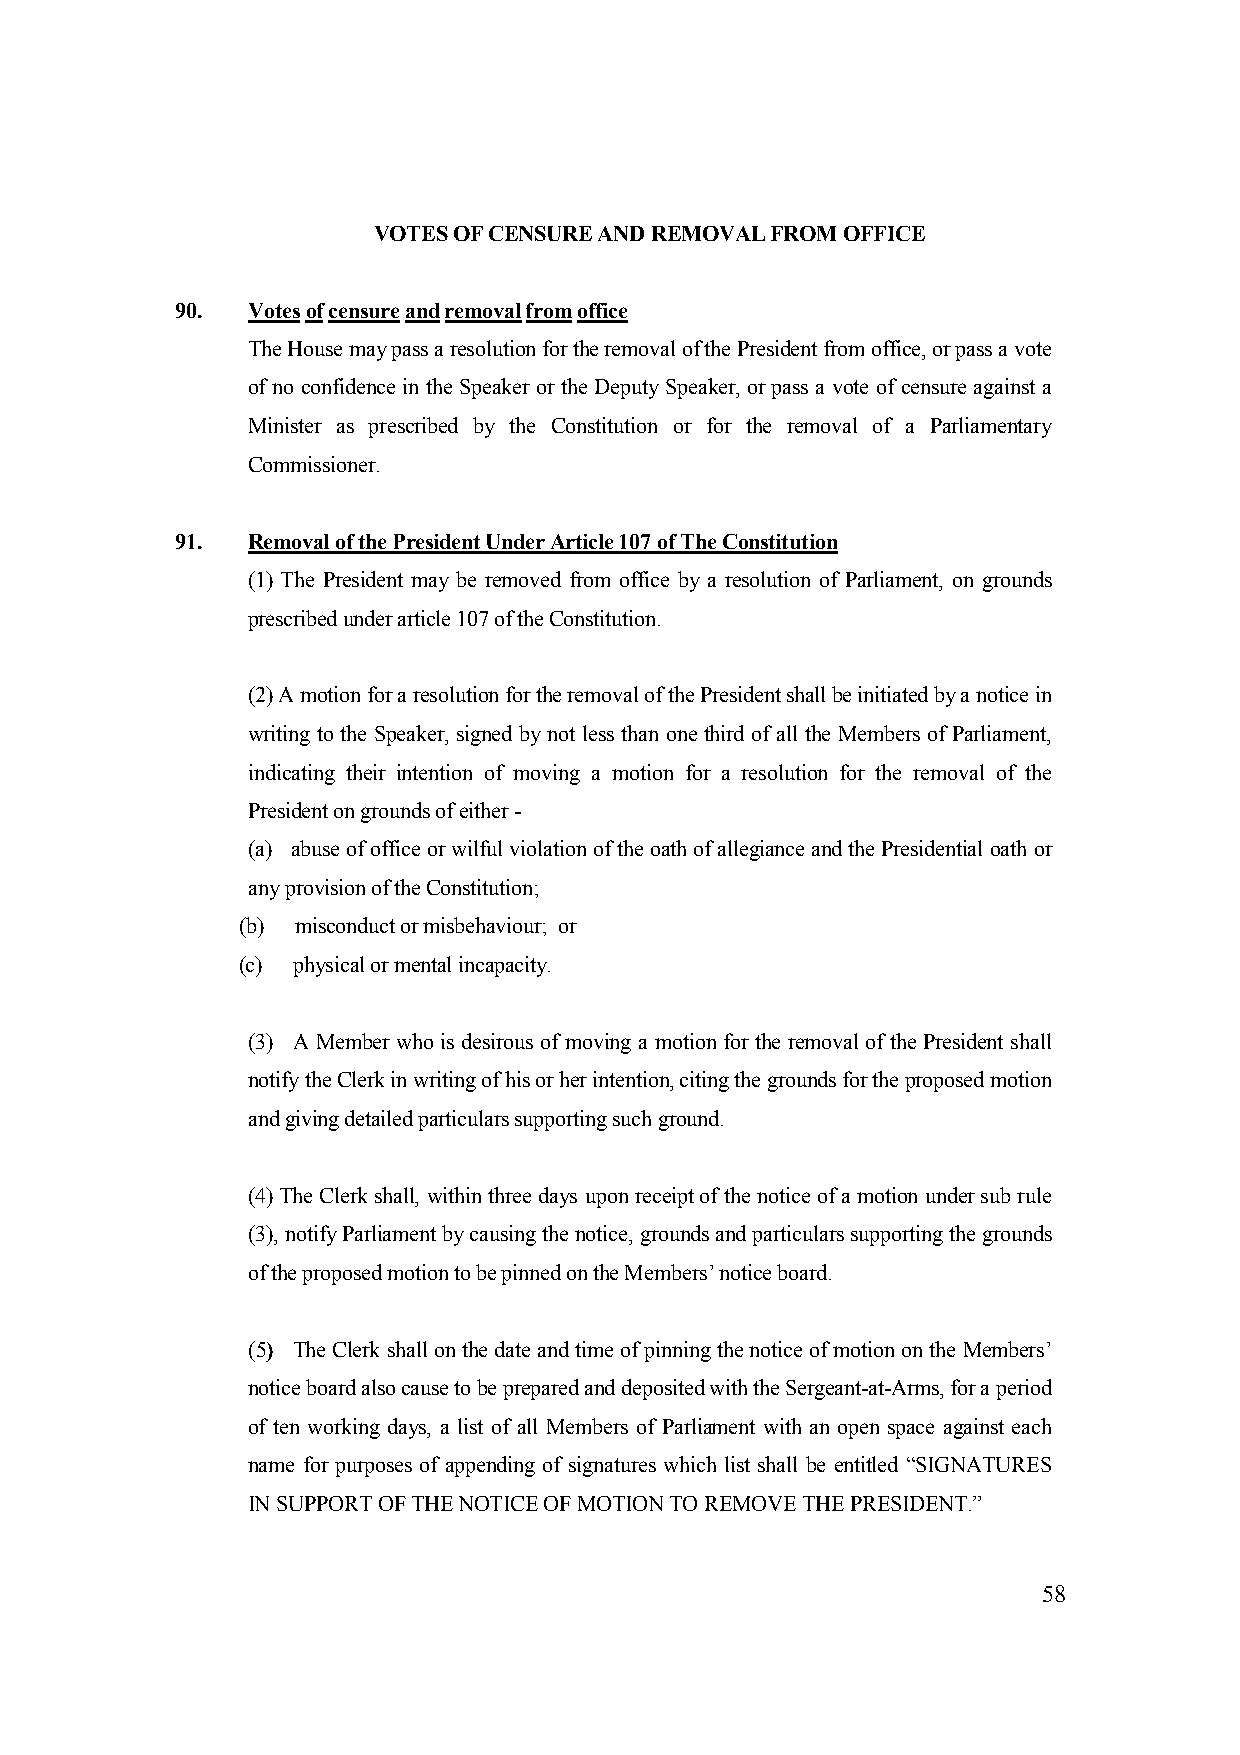
VOTES OF CENSURE AND REMOVAL FROM OFFICE
 90. Votes of censure and removal from office
 The House may pass a resolution for the removal of the President from office, or pass a vote
 of no confidence in the Speaker or the Deputy Speaker, or pass a vote of censure against a
 Minister as prescribed by the Constitution or for the removal of a Parliamentary
 Commissioner.
 91. Removal of the President Under Article 107 of The Constitution
 (1) The President may be removed from office by a resolution of Parliament, on grounds
 prescribed under article 107 of the Constitution.
 (2) A motion for a resolution for the removal of the President shall be initiated by a notice in
 writing to the Speaker, signed by not less than one third of all the Members of Parliament,
 indicating their intention of moving a motion for a resolution for the removal of the
 President on grounds of either -
 (a) abuse of office or wilful violation of the oath of allegiance and the Presidential oath or
 any provision of the Constitution;
 (b) misconduct or misbehaviour; or
 (c) physical or mental incapacity.
 (3) A Member who is desirous of moving a motion for the removal of the President shall
 notify the Clerk in writing of his or her intention, citing the grounds for the proposed motion
 and giving detailed particulars supporting such ground.
 (4) The Clerk shall, within three days upon receipt of the notice of a motion under sub rule
 (3), notify Parliament by causing the notice, grounds and particulars supporting the grounds
 of the proposed motion to be pinned on the Members’ notice board.
 (5) The Clerk shall on the date and time of pinning the notice of motion on the Members’
 notice board also cause to be prepared and deposited with the Sergeant-at-Arms, for a period
 of ten working days, a list of all Members of Parliament with an open space against each
 name for purposes of appending of signatures which list shall be entitled “SIGNATURES
 IN SUPPORT OF THE NOTICE OF MOTION TO REMOVE THE PRESIDENT.”
 58